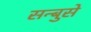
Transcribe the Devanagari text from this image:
सन्बुसे